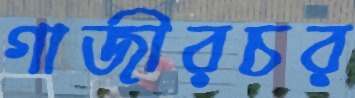
গাজীরচর